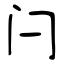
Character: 闩